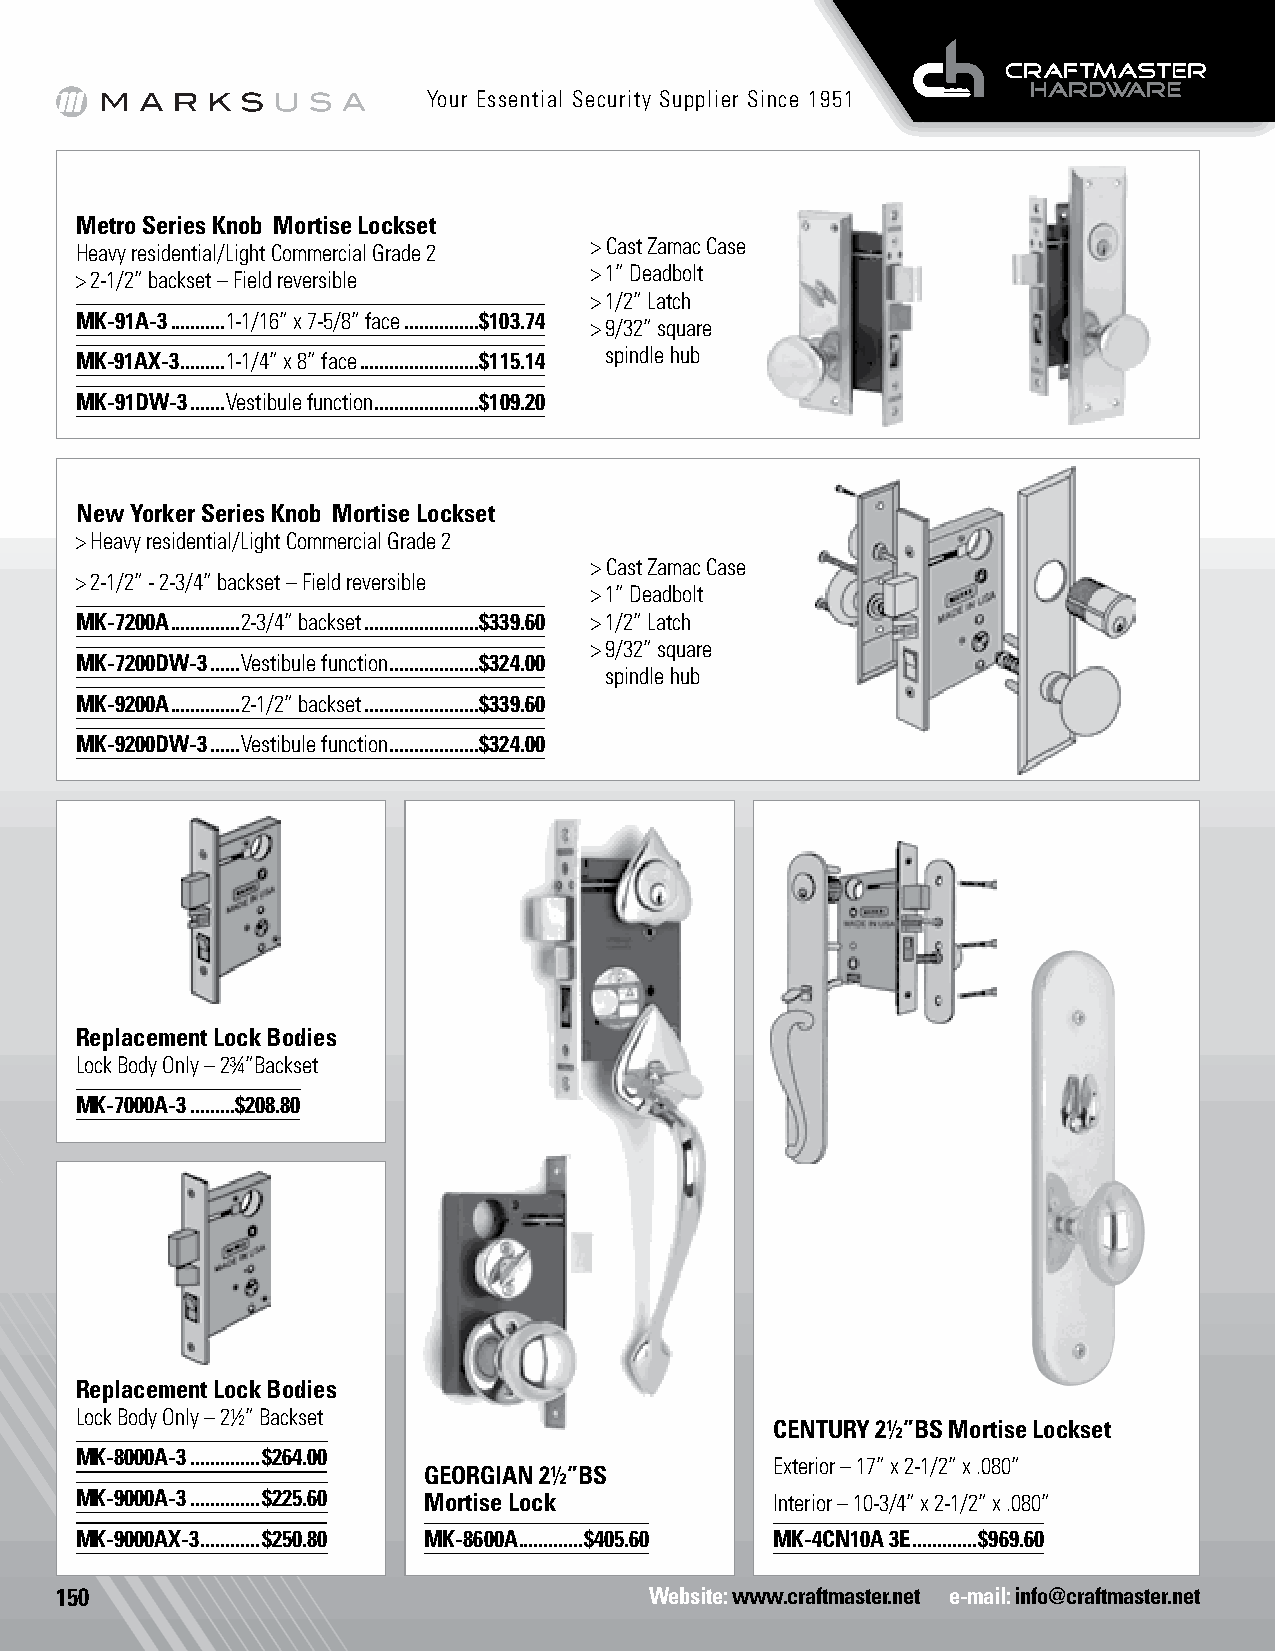
Your Essential Security Supplier Since 1951
 Metro Series Knob Mortise Lockset
 > Cast Zamac Case
 Heavy residential/Light Commercial Grade 2
 > 1” Deadbolt
 > 2-1/2” backset – Field reversible
 > 1/2” Latch
 MK-91A-3 ...........1-1/16” x 7-5/8” face ...............$103.74
 > 9/32” square
 spindle hub
 MK-91AX-3 .........1-1/4” x 8” face ........................$115.14
 MK-91DW-3 .......Vestibule function .....................$109.20
 New Yorker Series Knob Mortise Lockset
 > Heavy residential/Light Commercial Grade 2
 > Cast Zamac Case
 > 2-1/2” - 2-3/4” backset – Field reversible
 > 1” Deadbolt
 MK-7200A ..............2-3/4” backset .......................$339.60 > 1/2” Latch
 > 9/32” square
 MK-7200DW-3 ......Vestibule function ..................$324.00
 spindle hub
 MK-9200A ..............2-1/2” backset .......................$339.60
 MK-9200DW-3 ......Vestibule function ..................$324.00
 Replacement Lock Bodies
 Lock Body Only – 2¾”Backset
 MK-7000A-3 .........$208.80
 Replacement Lock Bodies
 Lock Body Only – 2½” Backset
 CENTURY 2½”BS Mortise Lockset
 MK-8000A-3 ..............$264.00
 Exterior – 17” x 2-1/2” x .080”
 GEORGIAN 2½”BS
 MK-9000A-3 ..............$225.60 Mortise Lock Interior – 10-3/4” x 2-1/2” x .080”
 MK-9000AX-3 ............$250.80 MK-8600A .............$405.60 MK-4CN10A 3E .............$969.60
 150                                    Website: www.craftmaster.net e-mail: info@craftmaster.net